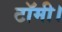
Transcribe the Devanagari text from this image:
टॉमी।